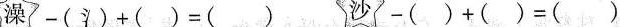
澡-(氵)+()=() 沙-()+()=()